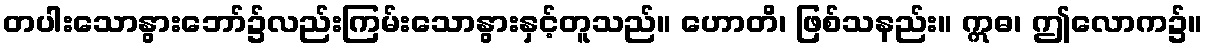
တပါးသောနွားဘော်၌လည်းကြမ်းသောနွားနှင့်တူသည်။ ဟောတိ၊ ဖြစ်သနည်း။ ဣဓ၊ ဤလောက၌။